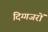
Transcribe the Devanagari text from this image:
दिग्गजरों